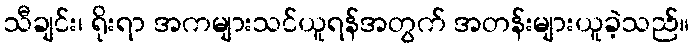
သီချင်း၊ ရိုးရာ အကများသင်ယူရန်အတွက် အတန်းများယူခဲ့သည်။